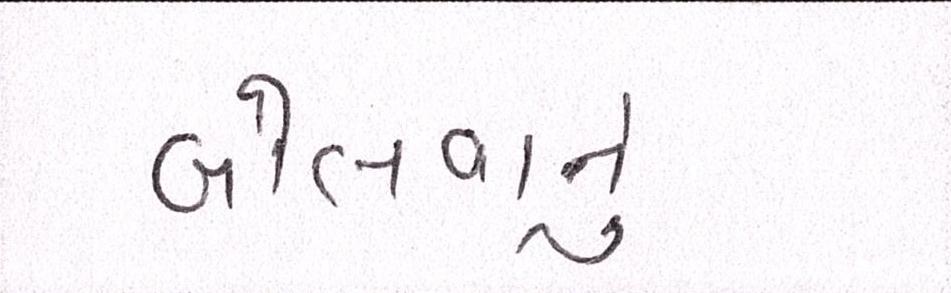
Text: બોલવાનું